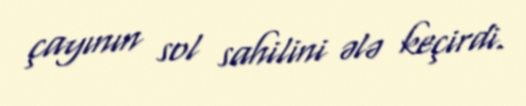
çayının sol sahilini ələ keçirdi.